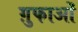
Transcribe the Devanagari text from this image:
ग़ुफाओं